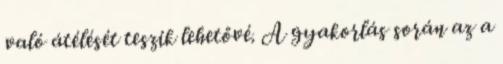
való átélését teszik lehetővé. A gyakorlás során az a